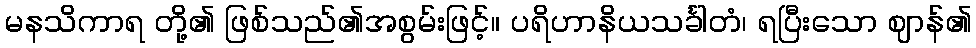
မနသိကာရ တို့၏ ဖြစ်သည်၏အစွမ်းဖြင့်။ ပရိဟာနိယသင်္ခါတံ၊ ရပြီးသော ဈာန်၏